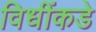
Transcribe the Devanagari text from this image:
विधींकडे